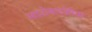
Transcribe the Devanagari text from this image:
साइटोकाइनेसिस